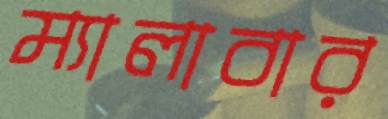
ম্যালাবার